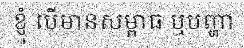
ខ្ញុំ បើមានសម្ពាធ ឬបញ្ហា